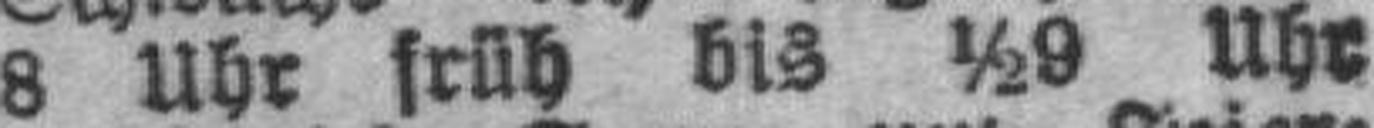
8 Uhr früh bis ½9 Uhr